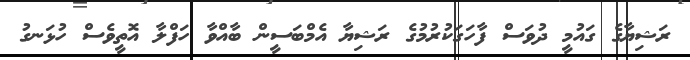
ރަޝިޔާގެ ގައުމީ ދުވަސް ފާހަގަކުރުމުގެ ރަޝިޔާ އެމްބަސީން ބާއްވާ ހަފްލާ އޮތީވެސް ހުޅަނގު